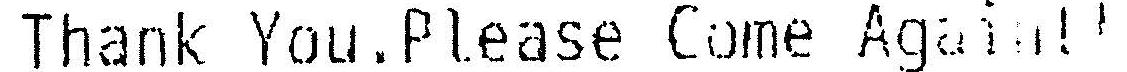
THANK YOU.PLEASE COME AGAIN!!